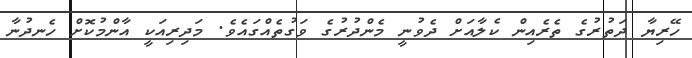
ހޭރިޔާ ދަތުރުގެ ތެރެއިން ކެެލާއަށް ދެވުނީ މެންދުރުގެ ވަގުތެެއްގައެވެ. މަދިރިއަކީ އާންމުކޮށް ހެނދުނާ